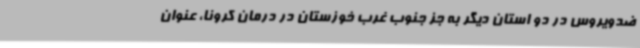
ضدویروس در دو استان دیگر به جز جنوب غرب خوزستان در درمان کرونا، عنوان